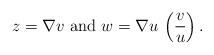
LaTeX: \begin{align*}z=\nabla v\mbox{ and }w=\nabla u\, \left(\frac{v}{u}\right).\end{align*}